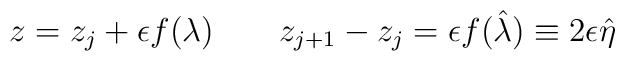
z=z_j + \epsilon f(\lambda)   \qquad    z_{j+1} - z_j = \epsilon f(\hat{\lambda}) \equiv    2 \epsilon \hat{\eta}